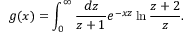
g ( x ) = \int _ { 0 } ^ { \infty } \frac { d z } { z + 1 } e ^ { - x z } \ln \frac { z + 2 } z .